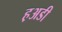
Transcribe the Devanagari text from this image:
ह़अडी